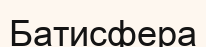
Батисфера